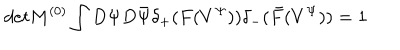
d e t M ^ { ( 0 ) } \int D \Psi D \bar { \Psi } \delta _ { + } ( F ( V ^ { \Psi } ) ) \delta _ { - } ( \bar { F } ( V ^ { \Psi } ) ) = 1